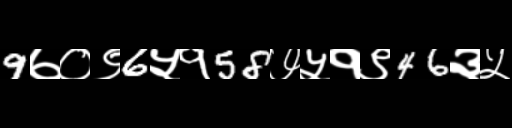
Text: 9७०९6५१58७५१९46३५